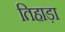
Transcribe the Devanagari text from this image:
तिहाड़ा